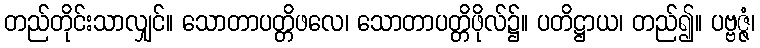
တည်တိုင်းသာလျှင်။ သောတာပတ္တိဖလေ၊ သောတာပတ္တိဖိုလ်၌။ ပတိဋ္ဌာယ၊ တည်၍။ ပဗ္ဗဇ္ဇံ၊